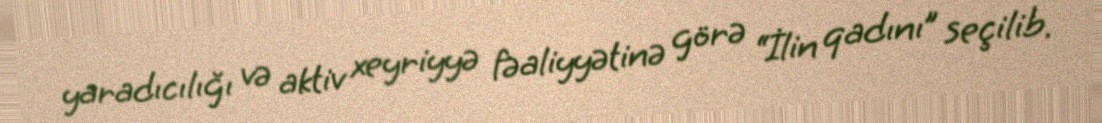
yaradıcılığı və aktiv xeyriyyə fəaliyyətinə görə “İlin qadını” seçilib.